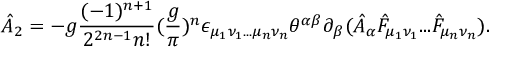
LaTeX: \hat { \cal A } _ { 2 } = - g { \frac { ( - 1 ) ^ { n + 1 } } { 2 ^ { 2 n - 1 } n ! } } ( { \frac { g } { \pi } } ) ^ { n } \epsilon _ { \mu _ { 1 } \nu _ { 1 } . . . \mu _ { n } \nu _ { n } } \theta ^ { \alpha \beta } \partial _ { \beta } ( \hat { A } _ { \alpha } \hat { F } _ { \mu _ { 1 } \nu _ { 1 } } . . . \hat { F } _ { \mu _ { n } \nu _ { n } } ) .